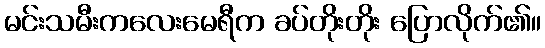
မင်းသမီးကလေးမေရီက ခပ်တိုးတိုး ပြောလိုက်၏။